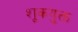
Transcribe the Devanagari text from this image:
शूकयुक्त